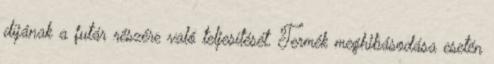
díjának a futár részére való teljesítését. Termék meghibásodása esetén